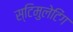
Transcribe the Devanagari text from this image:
स्टिमुलेटिंग